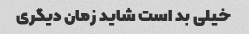
خیلی بد است شاید زمان دیگری